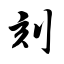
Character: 刻